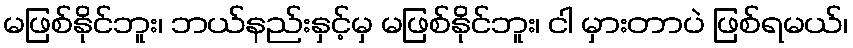
မဖြစ်နိုင်ဘူး၊ ဘယ်နည်းနှင့်မှ မဖြစ်နိုင်ဘူး၊ ငါ မှားတာပဲ ဖြစ်ရမယ်၊